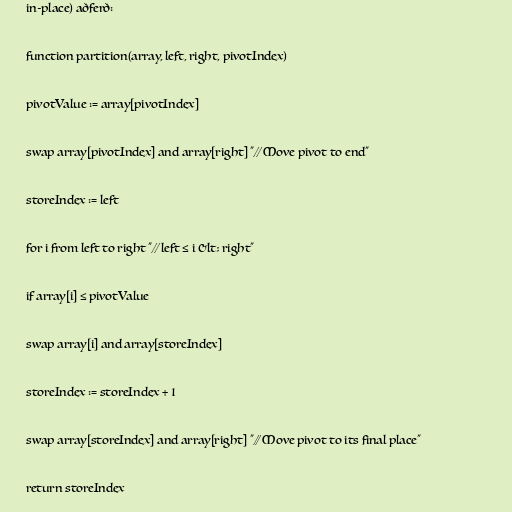
in-place) aðferð:

function partition(array, left, right, pivotIndex)

pivotValue := array[pivotIndex]

swap array[pivotIndex] and array[right] "// Move pivot to end"

storeIndex := left

for i from left to right "// left ≤ i &lt; right"

if array[i] ≤ pivotValue

swap array[i] and array[storeIndex]

storeIndex := storeIndex + 1

swap array[storeIndex] and array[right] "// Move pivot to its final place"

return storeIndex